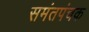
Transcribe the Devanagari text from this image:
समंतपंचक